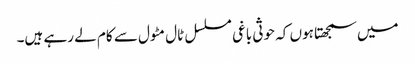
میں سمجھتا ہوں کہ حوثی باغی مسلسل ٹال مٹول سے کام لے رہے ہیں۔